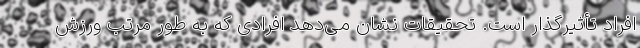
افراد تأثیرگذار است. تحقیقات نشان می‌دهد افرادی که به‌ طور مرتب ورزش